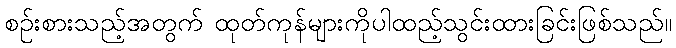
စဉ်းစားသည့်အတွက် ထုတ်ကုန်များကိုပါထည့်သွင်းထားခြင်းဖြစ်သည်။